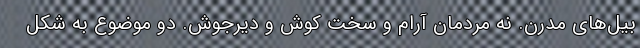
بیل‌های مدرن. نه مردمان آرام و سخت کوش و دیرجوش. دو موضوع به شکل